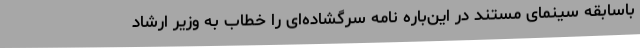
باسابقه سینمای مستند در این‌باره نامه سرگشاده‌ای را خطاب به وزیر ارشاد